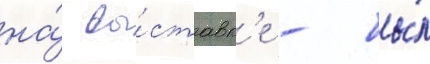
на́ вы́ставк'е - бы́л